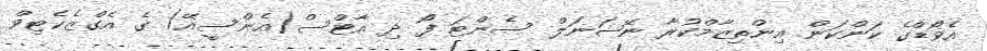
އެވޯޑްގެ ކަންކަން އިންތިޒާމްކުރާ ނޭޝަނަލް ސެންޓަ ފޯ ދި އާޓްސް(އެންސީއޭ) ގެ އެގްޒެކެޓިވް